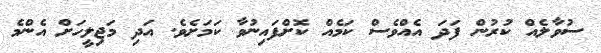
ސުވާލެއް ކުރުން ފަދަ އެއްވެސް ކަމެއް ކޮށްފައިނުވާ ކަމަށެވެ. އަދި މަޖިލީހަށް އެންމެ